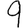
Digit: 9